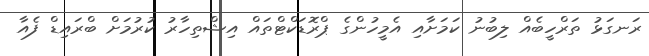
ރަނގަޅު ތަރްހީބެއް ލިބުނު ކަމަށާއި އެމީހުންގެ ޕްރޮޑަކްޓްތައް އިޝްތިހާރު ކުރުމަށް ބްރައިޑް ފެއާ